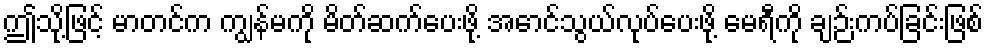
ဤသို့ဖြင့် မာတင်က ကျွန်မကို မိတ်ဆက်ပေးဖို့ အောင်သွယ်လုပ်ပေးဖို့ မေရီကို ချဉ်းကပ်ခြင်းဖြစ်